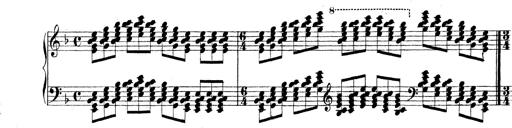
Title: Technische Studien
Composer: Franz Liszt